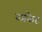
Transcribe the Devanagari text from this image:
ब्लंकेट